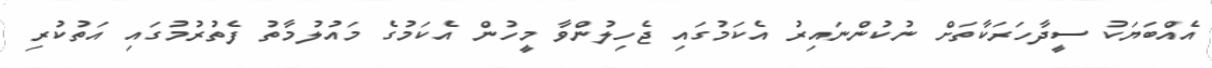
އެއްބަޔަކު ސީދާހަރަކާތަށް ނުކުންނައިރު އެކަމުގައި ޖެހިލުންވާ މީހުން އެކަމުގެ މައުލުމާތު ފެތުރުމުގައި އަތުކުރި